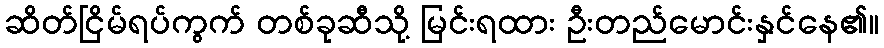
ဆိတ်ငြိမ်ရပ်ကွက် တစ်ခုဆီသို့ မြင်းရထား ဦးတည်မောင်းနှင်နေ၏။